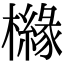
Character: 櫞